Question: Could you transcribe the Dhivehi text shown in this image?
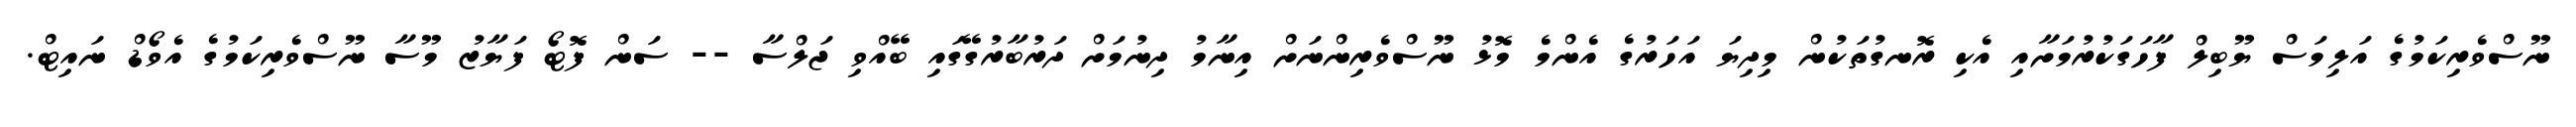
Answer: ނޫސްވެރިކަމުގެ އަލިމަސް ޔޫބިލް ފާހަގަކުރުމަށާއި އެކި ރޮނގުތަކުން މިދިޔަ އަހަރުގެ އެންމެ މޮޅު ނޫސްވެރިންނަށް އިނާމު ދިނުމަށް ދަރުބާރުގޭގައި ބޭއްވި ޖަލްސާ -- ސަން ފޮޓޯ ފަޔާޒު މޫސާ ނޫސްވެރިކަމުގެ އެވޯޑް ނައިޓް.